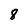
Character: 8